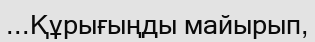
...Құрығыңды майырып,